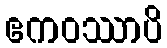
ဧကဝဿာပိ